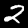
Label: 2